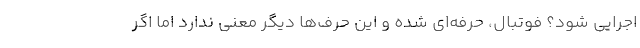
اجرایی شود؟ فوتبال، حرفه‌ای شده و این حرف‌ها دیگر معنی ندارد اما اگر